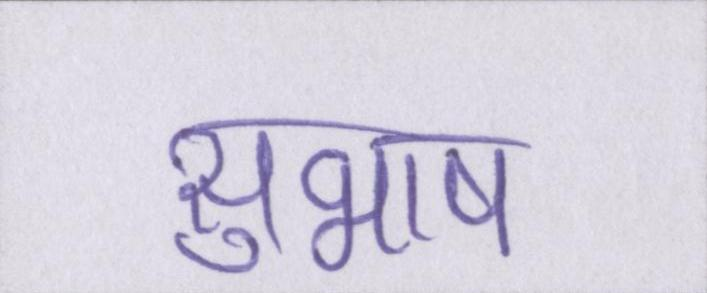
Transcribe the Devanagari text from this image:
सुभाष